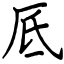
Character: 厎